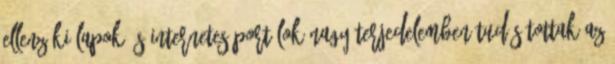
ellenzéki lapok és internetes portálok nagy terjedelemben tudósítottak az